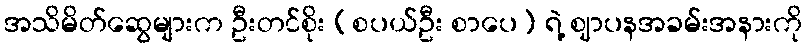
အသိမိတ်ဆွေများက ဦးတင်စိုး (စပယ်ဦး စာပေ) ရဲ့ ဈာပနအခမ်းအနားကို